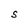
Character: S